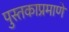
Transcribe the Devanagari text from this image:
पुस्तकाप्रमाणे